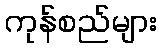
ကုန်စည်များ